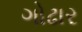
ગોઢાર